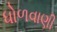
ધોળવાણી